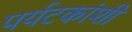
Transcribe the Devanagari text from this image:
पर्यटकांशी